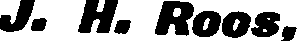
J. H. Roos,